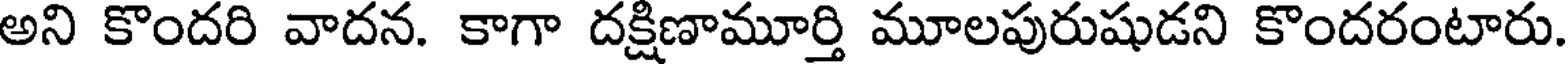
అని కొందరి వాదన. కాగా దక్షిణామూర్తి మూలపురుషుడని కొందరంటారు.